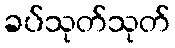
ခပ်သုတ်သုတ်